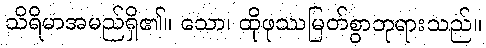
သိရိမာအမည်ရှိ၏။ သော၊ ထိုဖုဿမြတ်စွာဘုရားသည်။